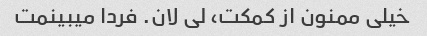
خیلی ممنون از کمکت، لی لان. فردا میبینمت